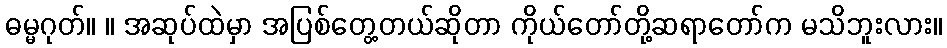
ဓမ္မဂုတ်။ ။ အဆုပ်ထဲမှာ အပြစ်တွေ့တယ်ဆိုတာ ကိုယ်တော်တို့ဆရာတော်က မသိဘူးလား။